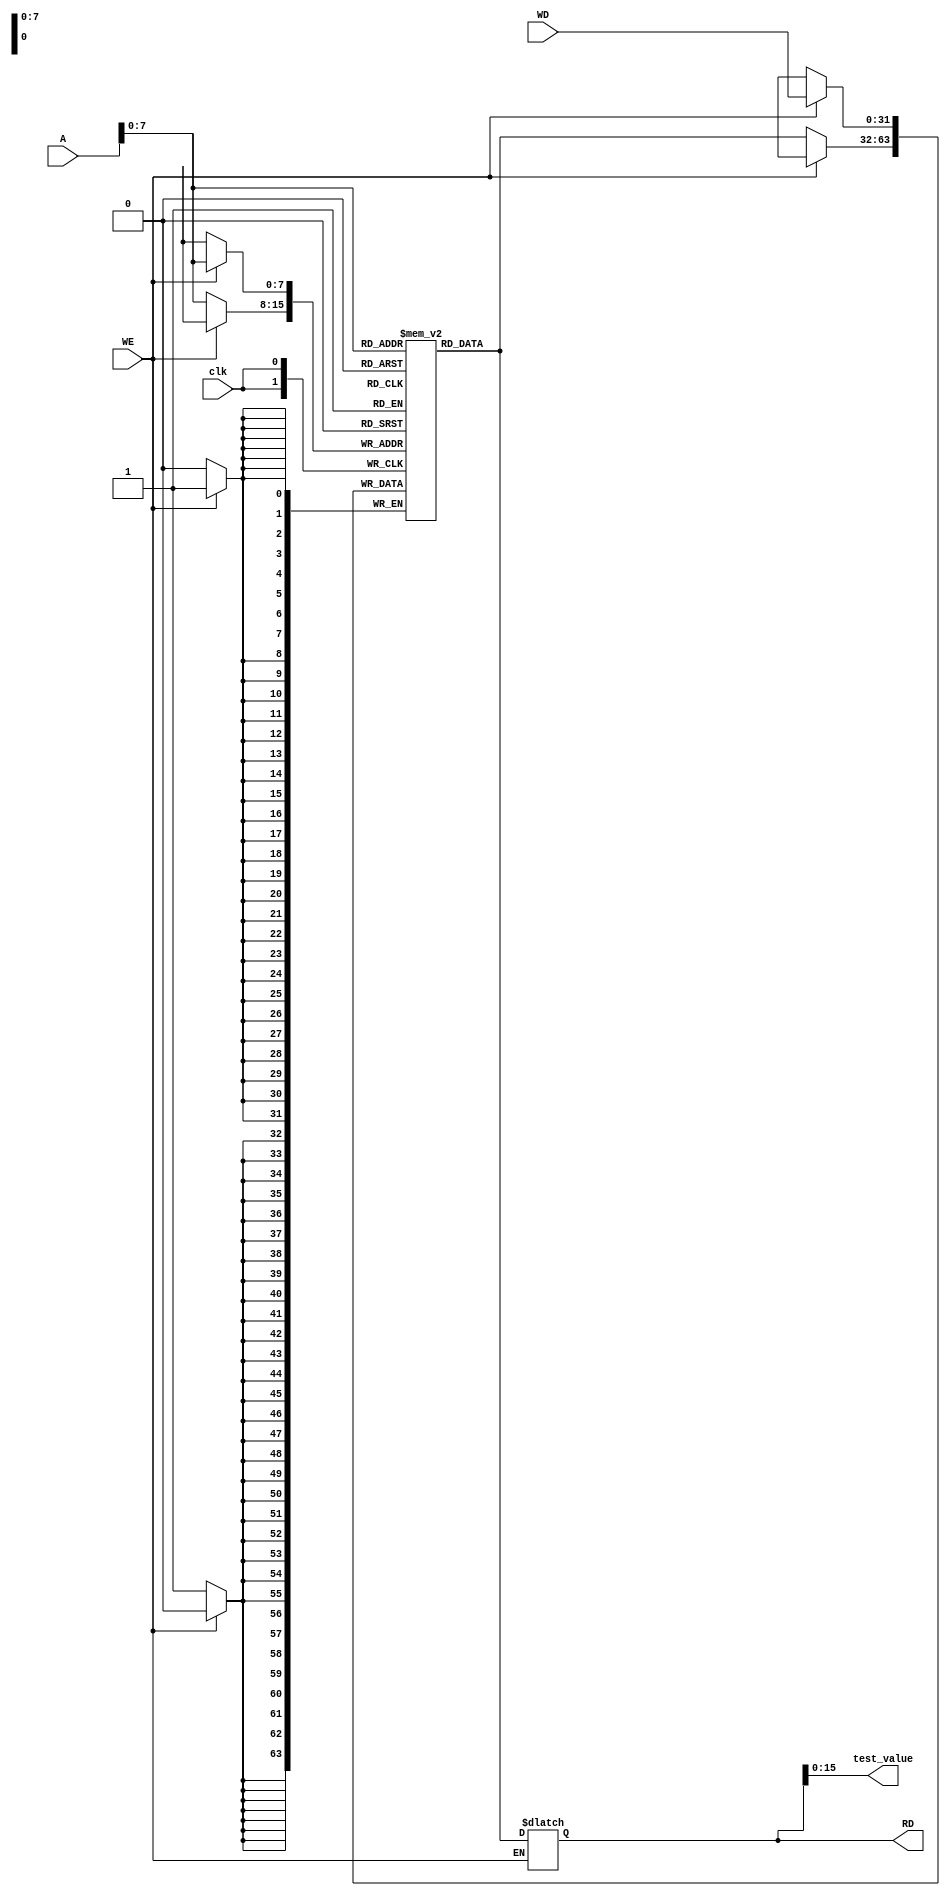
module Data_Memory (
  input clk,WE,
  input [31:0] A,WD,
  output reg [31:0] RD,
  output [15:0] test_value
);
reg [31:0] RAM [255:0];
integer i;
initial begin
  RD='b0;
  for ( i=0 ;i<256 ;i=i+1 ) begin
    RAM[i] = 32'b0;
  end
end
always @(posedge clk) begin
  if (WE) begin
    RAM[A] <= WD;
  end else begin
    RAM[A]<=RAM[A];
  end

end
always @(*)begin
  if(~WE)begin
    RD <= RAM[A];
  end else begin
    RD <= RD;
  end

end
assign test_value=RD[15:0];
endmodule